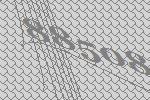
88508